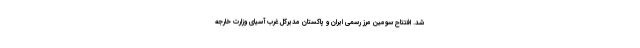
شد. افتتاح سومین مرز رسمی ایران و پاکستان مدیرکل غرب آسیای وزارت خارجه